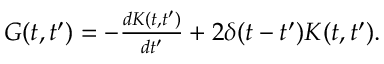
\begin{array} { r } { G ( t , t ^ { \prime } ) = - \frac { d K ( t , t ^ { \prime } ) } { d t ^ { \prime } } + 2 \delta ( t - t ^ { \prime } ) K ( t , t ^ { \prime } ) . } \end{array}